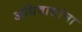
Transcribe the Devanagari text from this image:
अधिवासांना